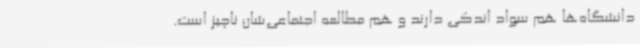
دانشگاه‌ها هم سواد اندکی دارند و هم مطالعه اجتماعی‌شان ناچیز است.